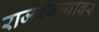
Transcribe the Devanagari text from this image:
राजरस्त्यावर